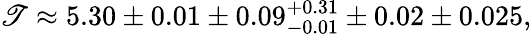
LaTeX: \mathscr{T}\approx5.30\pm0.01\pm0.09_{-0.01}^{+0.31}\pm0.02\pm0.025,